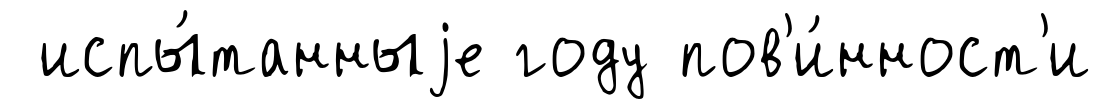
испы́танныjе году пов'и́нност'и